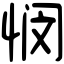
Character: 悯